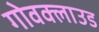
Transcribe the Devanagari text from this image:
गोवक्लाउड